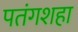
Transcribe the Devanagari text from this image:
पतंगशहा